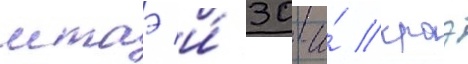
мтаэ и́ 30-и́ краэ